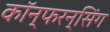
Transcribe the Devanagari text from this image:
कॉन्फरन्सिंग